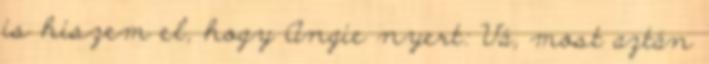
is hiszem el, hogy Angie nyert: Vá, most aztán